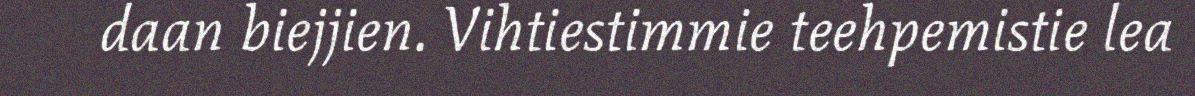
daan biejjien. Vihtiestimmie teehpemistie lea